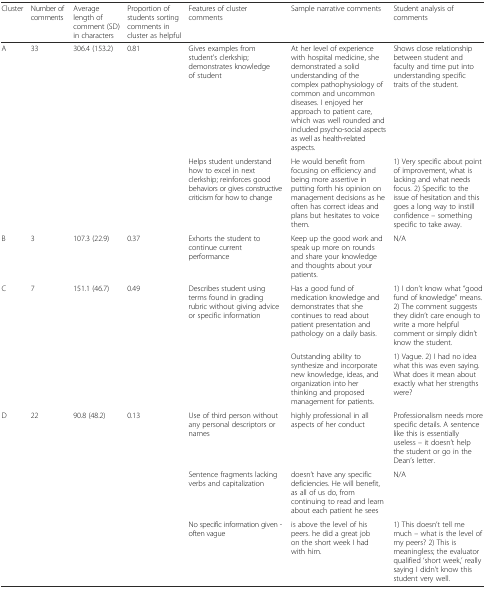
<table><thead><tr><td><b>Cluster</b></td><td><b>Number of comments</b></td><td><b>Average length of comment (SD) in characters</b></td><td><b>Proportion of students sorting comments in cluster as helpful</b></td><td><b>Features of cluster comments</b></td><td><b>Sample narrative comments</b></td><td><b>Student analysis of comments</b></td></tr></thead><tbody><tr><td>A</td><td>33</td><td>306.4 (153.2)</td><td>0.81</td><td>Gives examples from student&#x27;s clerkship; demonstrates knowledge of student</td><td>At her level of experience with hospital medicine, she demonstrated a solid understanding of the complex pathophysiology of common and uncommon diseases. I enjoyed her approach to patient care, which was well rounded and included psycho-social aspects as well as health-related aspects.</td><td>Shows close relationship between student and faculty and time put into understanding specific traits of the student.</td></tr><tr><td></td><td></td><td></td><td></td><td>Helps student understand how to excel in next clerkship; reinforces good behaviors or gives constructive criticism for how to change</td><td>He would benefit from focusing on efficiency and being more assertive in putting forth his opinion on management decisions as he often has correct ideas and plans but hesitates to voice them.</td><td>1) Very specific about point of improvement, what is lacking and what needs focus. 2) Specific to the issue of hesitation and this goes a long way to instill confidence – something specific to take away.</td></tr><tr><td>B</td><td>3</td><td>107.3 (22.9)</td><td>0.37</td><td>Exhorts the student to continue current performance</td><td>Keep up the good work and speak up more on rounds and share your knowledge and thoughts about your patients.</td><td>N/A</td></tr><tr><td>C</td><td>7</td><td>151.1 (46.7)</td><td>0.49</td><td>Describes student using terms found in grading rubric without giving advice or specific information</td><td>Has a good fund of medication knowledge and demonstrates that she continues to read about patient presentation and pathology on a daily basis.</td><td>1) I don’t know what “good fund of knowledge” means. 2) The comment suggests they didn’t care enough to write a more helpful comment or simply didn’t know the student.</td></tr><tr><td></td><td></td><td></td><td></td><td></td><td>Outstanding ability to synthesize and incorporate new knowledge, ideas, and organization into her thinking and proposed management for patients.</td><td>1) Vague. 2) I had no idea what this was even saying. What does it mean about exactly what her strengths were?</td></tr><tr><td>D</td><td>22</td><td>90.8 (48.2)</td><td>0.13</td><td>Use of third person without any personal descriptors or names</td><td>highly professional in all aspects of her conduct</td><td>Professionalism needs more specific details. A sentence like this is essentially useless – it doesn’t help the student or go in the Dean’s letter.</td></tr><tr><td></td><td></td><td></td><td></td><td>Sentence fragments lacking verbs and capitalization</td><td>doesn’t have any specific deficiencies. He will benefit, as all of us do, from continuing to read and learn about each patient he sees</td><td>N/A</td></tr><tr><td></td><td></td><td></td><td></td><td>No specific information given - often vague</td><td>is above the level of his peers. he did a great job on the short week I had with him.</td><td>1) This doesn’t tell me much – what is the level of my peers? 2) This is meaningless; the evaluator qualified ‘short week,’ really saying I didn’t know this student very well.</td></tr></tbody></table>